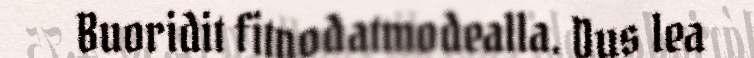
Buoridit fitnodatmodealla. Dus lea